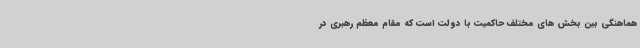
هماهنگی بین بخش های مختلف حاکمیت با دولت است که مقام معظم رهبری در